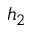
h _ { 2 }